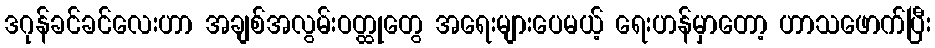
ဒဂုန်ခင်ခင်လေးဟာ အချစ်အလွမ်းဝတ္ထုတွေ အရေးများပေမယ့် ရေးဟန်မှာတော့ ဟာသဖောက်ပြီး